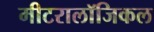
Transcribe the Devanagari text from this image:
मीटरालॉजिकल